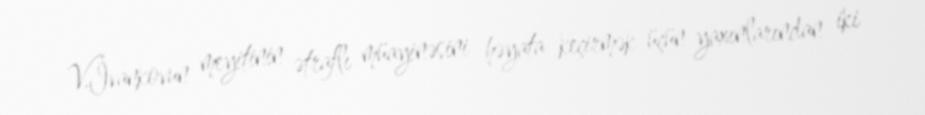
V.İvankovun meyitinin ətraflı müayinəsini həyata keçirmək üçün yaxınlarından iki